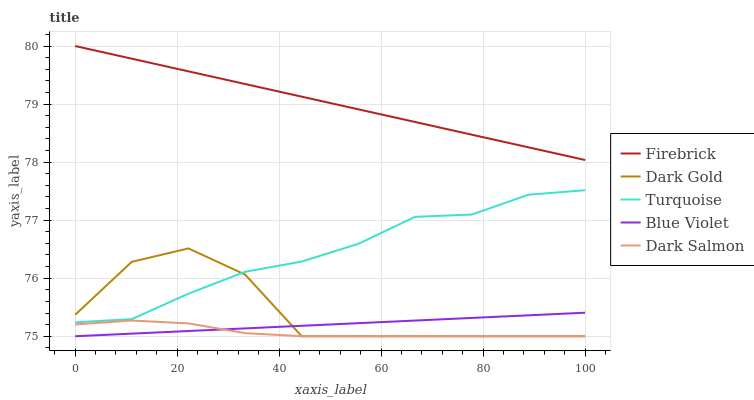
| xaxis_label | Firebrick | Dark Gold | Turquoise | Blue Violet | Dark Salmon |
 | --- | --- | --- | --- | --- | --- |
 | 0 | 80 | 75.4 | 75.2 | 75 | 75.2 |
 | 11.1 | 79.8 | 76.3 | 75.3 | 75 | 75.3 |
 | 22.2 | 79.6 | 76.5 | 75.7 | 75.1 | 75.2 |
 | 33.3 | 79.3 | 76.1 | 76.1 | 75.1 | 75.1 |
 | 44.4 | 79.1 | 75 | 76.3 | 75.2 | 75 |
 | 55.6 | 78.9 | 75 | 76.6 | 75.2 | 75 |
 | 66.7 | 78.7 | 75 | 77.1 | 75.3 | 75 |
 | 77.8 | 78.5 | 75 | 77.1 | 75.3 | 75 |
 | 88.9 | 78.3 | 75 | 77.4 | 75.4 | 75 |
 | 100 | 78 | 75 | 77.5 | 75.4 | 75 |